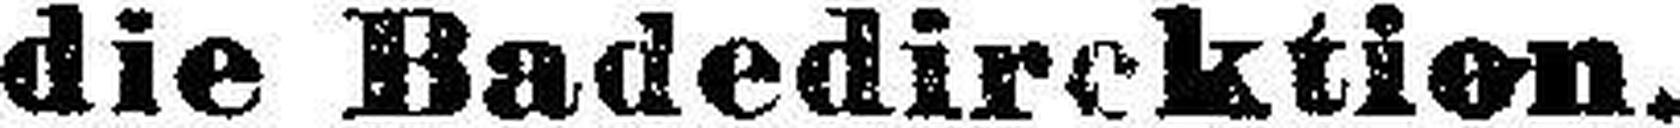
die Badedirektien.